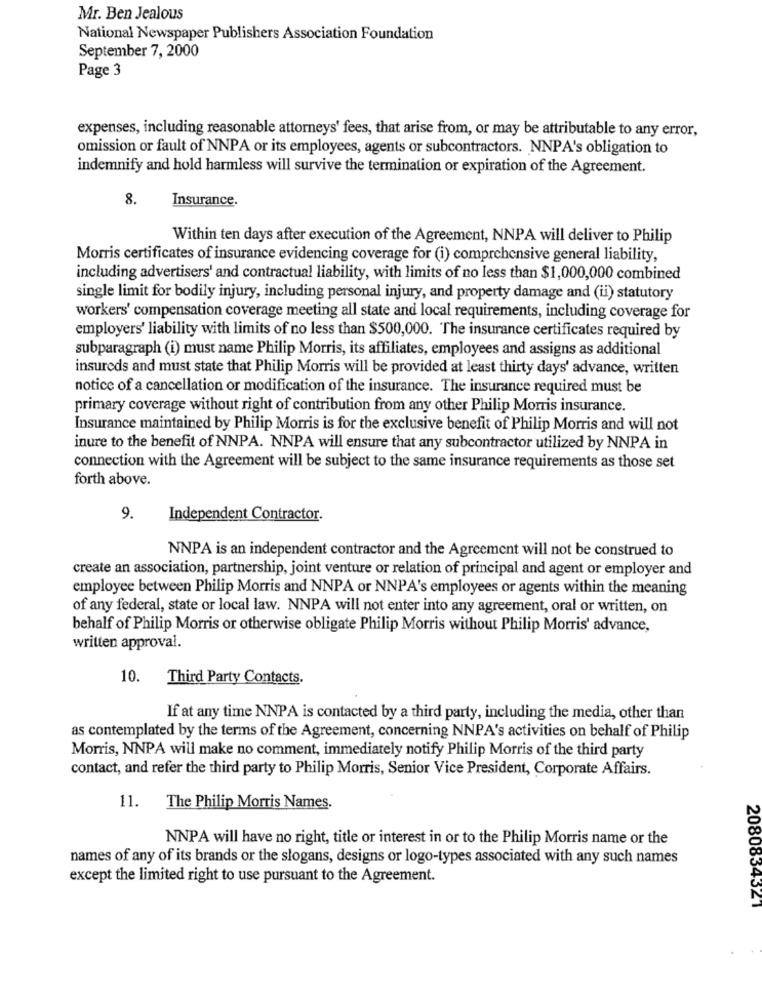
Mr. Ben Jealous
National Newspaper Publishers Association Foundation
September 7, 2000
Page 3
expenses, including reasonable attorneys' fees, that arise from, or may be attributable to any error,
omission or fault of NNPA or its employees, agents or subcontractors. NNPA's obligation to
indemnify and hold harmless will survive the termination or expiration of the Agreement.
8.
Insurance.
Within ten days after execution of the Agreement, NNPA will deliver to Philip
Morris certificates of insurance evidencing coverage for (i) comprehensive general liability,
including advertisers' and contractual liability, with limits of no less than $1,000,000 combined
single limit for bodily injury, including personal injury, and property damage and (ii) statutory
workers' compensation coverage meeting all state and local requirements, including coverage for
employers' liability with limits of no less than $500,000. The insurance certificates required by
subparagraph (i) must name Philip Morris, its affiliates, employees and assigns as additional
insureds and must state that Philip Morris will be provided at least thirty days' advance, written
notice of a cancellation or modification of the insurance. The insurance required must be
primary coverage without right of contribution from any other Philip Morris insurance.
Insurance maintained by Philip Morris is for the exclusive benefit of Philip Morris and will not
inure to the benefit of NNPA. NNPA will ensure that any subcontractor utilized by NNPA in
connection with the Agreement will be subject to the same insurance requirements as those set
forth above.
9.
Independent Contractor.
NNPA is an independent contractor and the Agreement will not be construed to
create an association, partnership, joint venture or relation of principal and agent or employer and
employee between Philip Morris and NNPA or NNPA's employees or agents within the meaning
of any federal, state or local law. NNPA will not enter into any agreement, oral or written, on
behalf of Philip Morris or otherwise obligate Philip Morris without Philip Morris' advance,
written approval.
10.
Third Party Contacts.
If at any time NNPA is contacted by a third party, including the media, other than
as contemplated by the terms of the Agreement, concerning NNPA's activities on behalf of Philip
Morris, NNPA will make no comment, immediately notify Philip Morris of the third party
contact, and refer the third party to Philip Morris, Senior Vice President, Corporate Affairs.
11.
The Philip Morris Names.
NNPA will have no right, title or interest in or to the Philip Morris name or the
names of any of its brands or the slogans, designs or logo-types associated with any such names
except the limited right to use pursuant to the Agreement.
2080834321